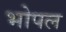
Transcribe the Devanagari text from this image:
भोपल